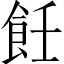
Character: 飪